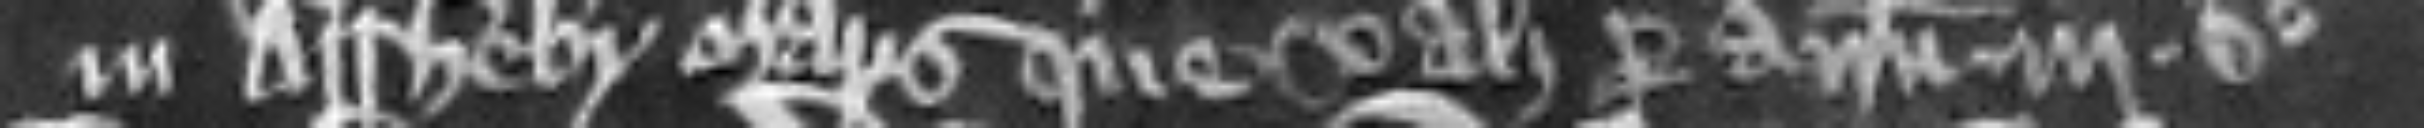
in Assheby Maris que valet per annum iij. S.